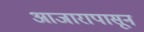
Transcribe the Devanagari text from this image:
आजारापासून